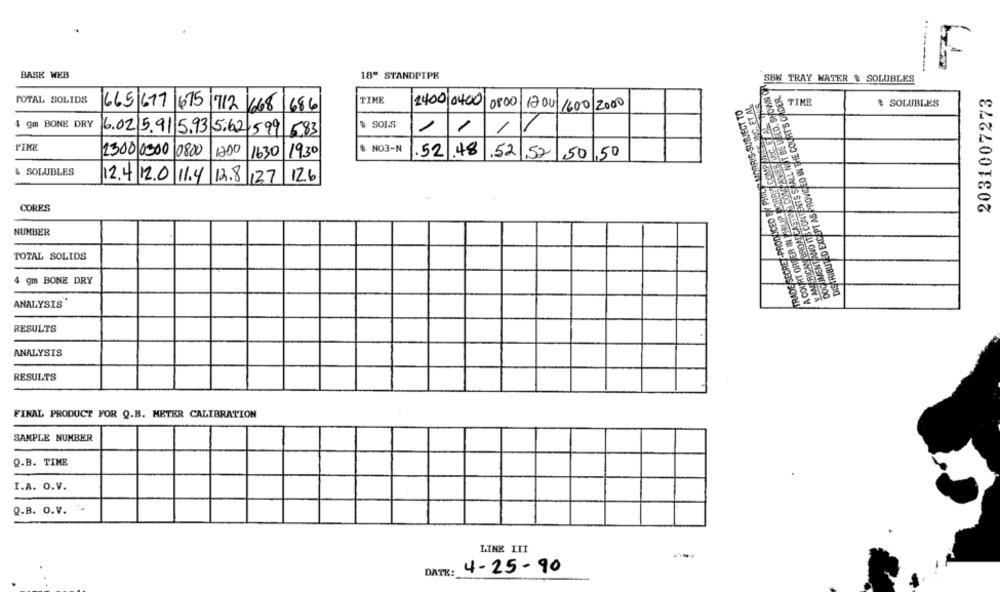
----... ..
BASE WEB
18" STANDPIPE
SBK TRAY WATER & SOLUBLES
DOG IMENT ANO ITS CONTENTS SHALL NOT BE USED, SHOWN O
DISTRIBUTED EXCEPT AS PROVIDED IN THE COURT'S ORDER.
2031007273
TOTAL SOLIDS
TIME
A COURT ORFER IN THOUIP FORRIS CONP SIES AND, ET AL
Y AMERICAN BROADCASTI & COMPANIES LEG. ETAL.THIS
665 677 675
1686
2400 0400
0800
Hou1 /600 2000
TIME
TRADE SECRET-PRODUCED EN PHILIP MORRIS-SUBJECT TO
$ SOLUBLES
712 668
4 gm BONE DRY
$ SOIS
1
/
6.02 5.91 5.93 5:62,599 6.83
PINE
2300 0300 0800
1200
1630
19.30
$ NO3-N
.52.48
.52 ,52
50 ,50
& SOLUBLES
12.4 12.0 11.4 12.8 127
126
CORES
NUMBER
TOTAL SOLIDS
4 gm BONE DRY
ANALYSIS
RESULTS
ANALYSIS
RESULTS
FINAL PRODUCT FOR Q.B. METER CALIBRATION
SAMPLE NUMBER
Q.B. TIME
I.A. O.V.
Q.B. O.V.
LINK III
4-25-90
DATE: